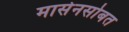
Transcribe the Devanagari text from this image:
मार्सेनसोबत